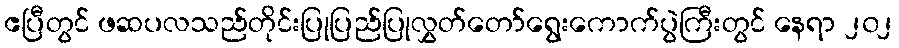
ဧပြီတွင် ဖဆပလသည်တိုင်းပြုပြည်ပြုလွှတ်တော်ရွေးကောက်ပွဲကြီးတွင် နေရာ ၂၀၂